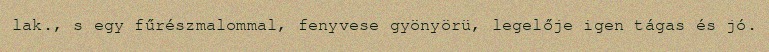
lak., s egy fűrészmalommal, fenyvese gyönyörü, legelője igen tágas és jó.